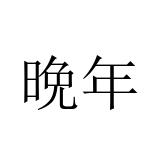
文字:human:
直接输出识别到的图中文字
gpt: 晩年